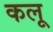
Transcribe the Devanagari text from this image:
कलू